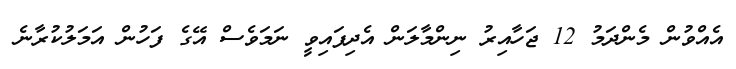
އެެއްވުން މެންދަމު 12 ޖަހާއިރު ނިންމާލަން އެދިފައިވީ ނަމަވެސް އޭގެ ފަހުން އަމަލުކުރާނެ